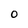
Character: 0